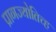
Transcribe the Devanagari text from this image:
प्रागज्योतिच्ह